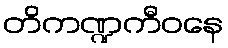
တိကဏ္ဍကီဝနေ